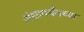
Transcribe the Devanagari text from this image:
अंशापर्यंतच्या